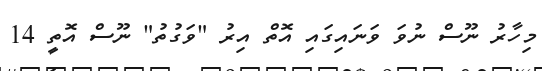
މިހާރު ނޫސް ނުވަ ވަނައިގައި އޮތް އިރު "ވަގުތު" ނޫސް އޮތީ 14